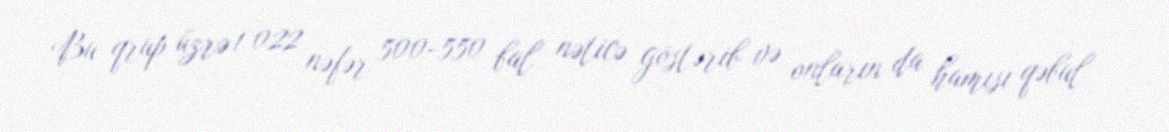
Bu qrup üzrə 1 022 nəfər 500-550 bal nəticə göstərib və onların da hamısı qəbul